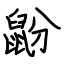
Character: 鼢